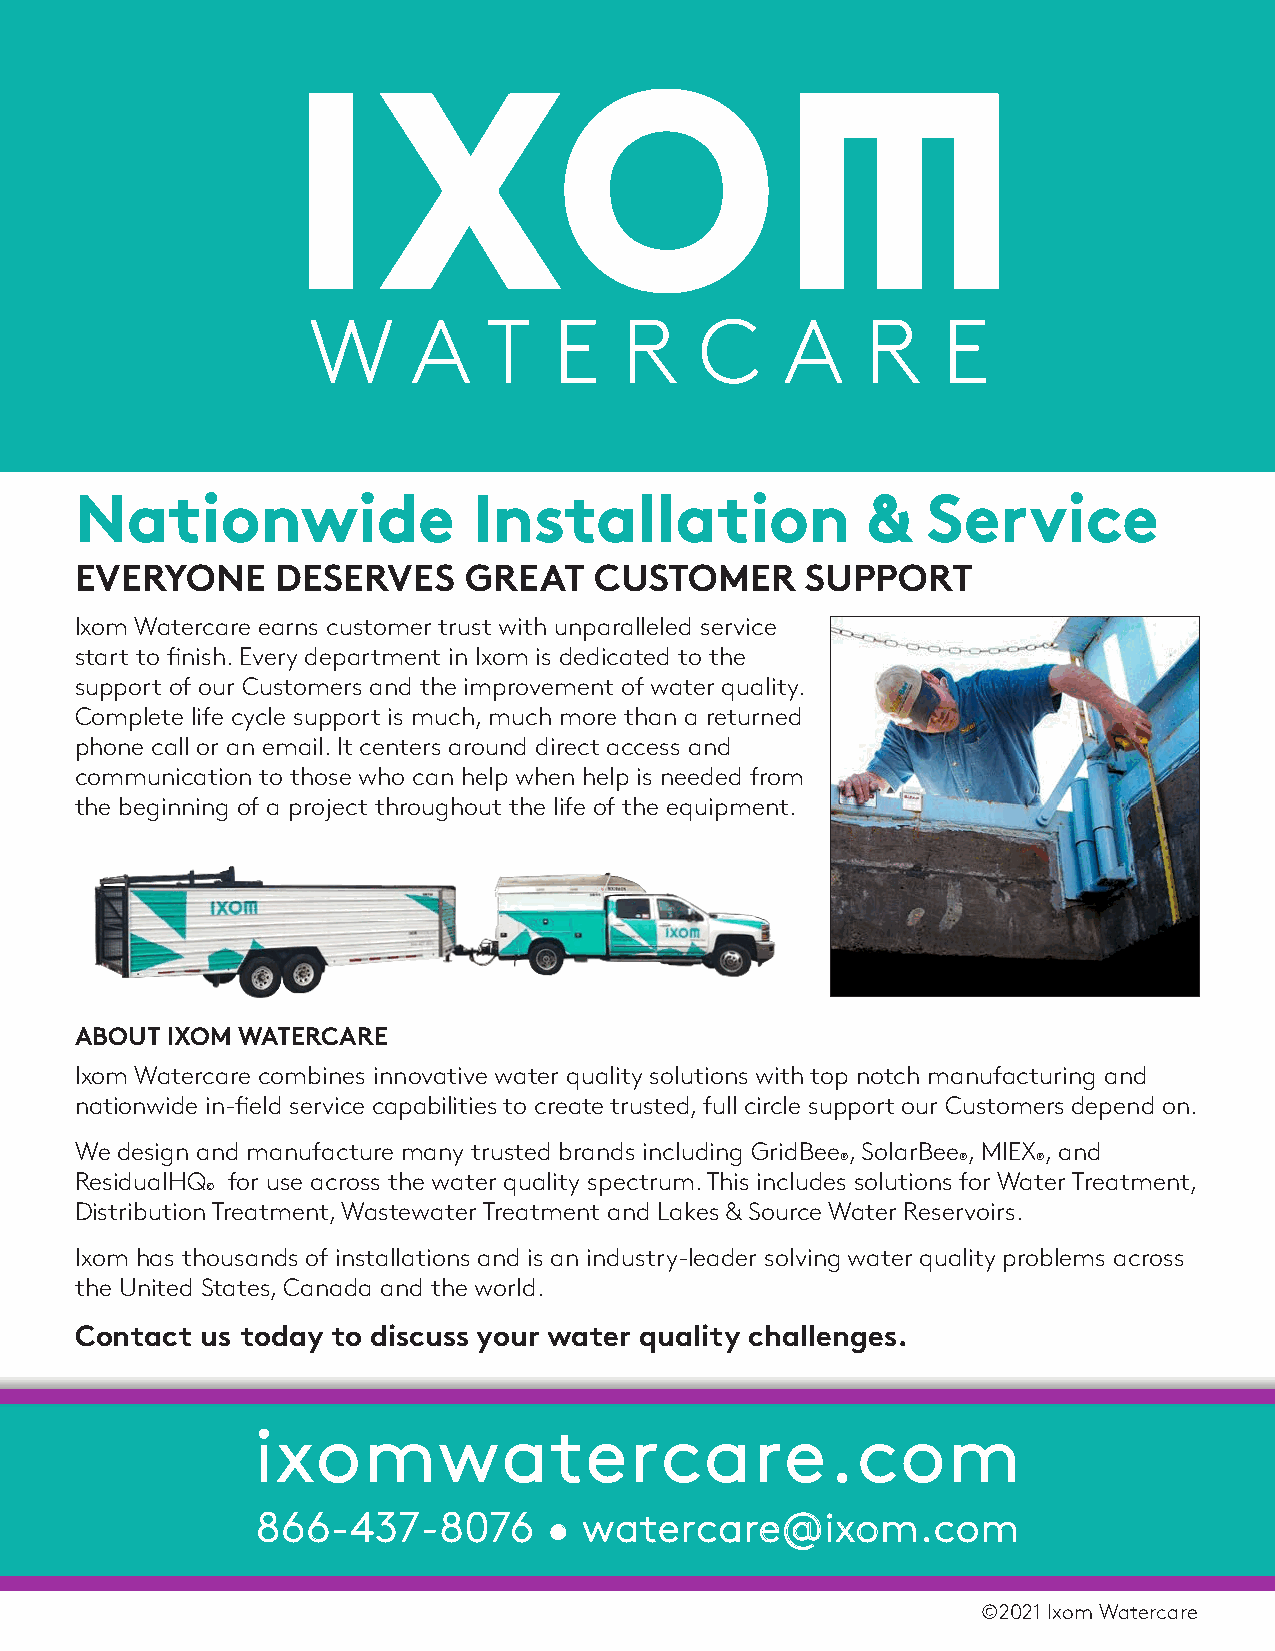
NNaattiioonnwwiiddee      IInnssttaallllaattiioonn  &&  SSeerrvviiccee
 EVERYONE     DESERVES     GREAT   CUSTOMER      SUPPORT
 Ixom Watercare earns customer trust with unparalleled service
 start to finish. Every department in Ixom is dedicated to the
 support of our Customers and the improvement of water quality.
 Complete life cycle support is much, much more than a returned
 phone call or an email. It centers around direct access and
 communication to those who can help when help is needed from
 the beginning of a project throughout the life of the equipment.
 ABOUT IXOM WATERCARE
 Ixom Watercare combines innovative water quality solutions with top notch manufacturing and
 nationwide in-field service capabilities to create trusted, full circle support our Customers depend on.
 We design and manufacture many trusted brands including GridBee , SolarBee , MIEX , and
 ®      ®     ®
 ResidualHQ for use across the water quality spectrum. This includes solutions for Water Treatment,
 ©
 Distribution Treatment, Wastewater Treatment and Lakes & Source Water Reservoirs.
 Ixom has thousands of installations and is an industry-leader solving water quality problems across
 the United States, Canada and the world.
 Contact us today to discuss your water quality challenges.
 iixxoommwwaatteerrccaarree..ccoomm
 886666--443377--88007766 •• wwaatteerrccaarree@@iixxoomm..ccoomm
 ©2021 Ixom Watercare